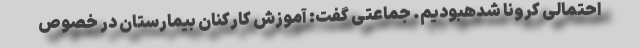
احتمالی کرونا شدهبودیم. جماعتی گفت: آموزش کارکنان بیمارستان در خصوص